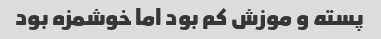
پسته و موزش کم بود اما خوشمزه بود